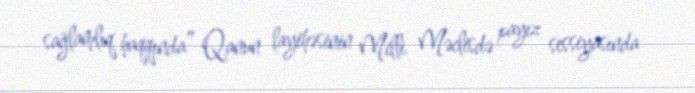
sağlamlıq haqqında” Qanun layihəsinin Milli Məclisdə payız sessiyasında